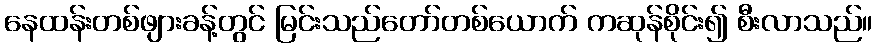
နေထန်းတစ်ဖျားခန့်တွင် မြင်းသည်တော်တစ်ယောက် ကဆုန်စိုင်း၍ စီးလာသည်။